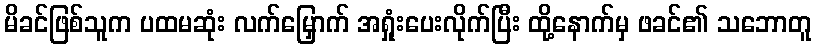
မိခင်ဖြစ်သူက ပထမဆုံး လက်မြှောက် အရှုံးပေးလိုက်ပြီး ထို့နောက်မှ ဖခင်၏ သဘောတူ